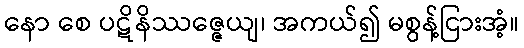
နော စေ ပဋိနိဿဇ္ဇေယျ၊ အကယ်၍ မစွန့်ငြားအံ့။